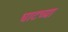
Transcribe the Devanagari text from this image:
घाटच्या